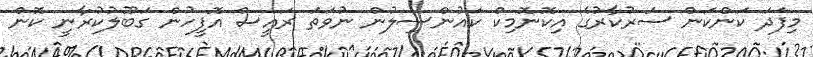
މިފަދަ ކަންކަން ސަރުކާރުގެ އިކޮނޮމިކް ކައުންސިލުން ނުވަތަ ރައީސް އޮފީހުން ގަބޫލުކުރާނީ ކޮން